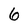
Character: 6